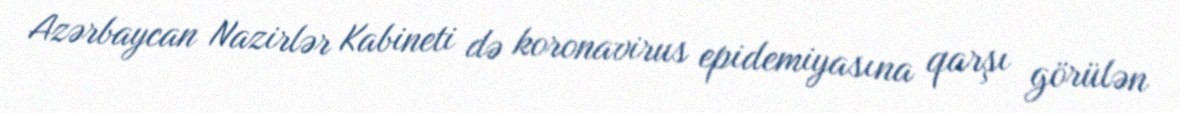
Azərbaycan Nazirlər Kabineti də koronavirus epidemiyasına qarşı görülən